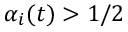
\alpha _ { i } ( t ) > 1 / 2